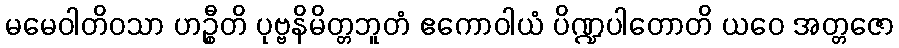
မမေဝါတိဝသာ ဟဉ္စီတိ ပုဗ္ဗနိမိတ္တဘူတံ ဧကောဝါယံ ပိဏ္ဍပါတောတိ ယဝေ အတ္တဇော